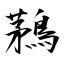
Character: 鶜